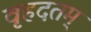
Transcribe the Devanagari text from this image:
वृहदतम्